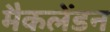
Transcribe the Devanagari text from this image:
मैकलेंडन